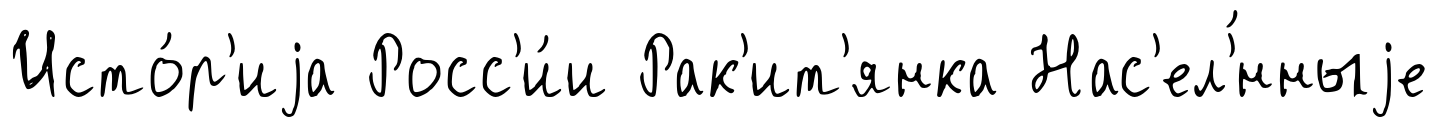
Исто́р'иjа Росс'и́и Рак'ит'янка Нас'ел'́нныjе